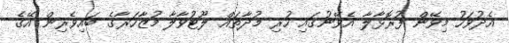
އެދުވަހު މިވޭން ފުރޮޅާލާ އެވޭނުގައި ހުރި މުދާތައް ލޫޓުވާލާ މުޒާހަރާގެ ބައިވެރިން އޭގެ